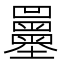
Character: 𡔌